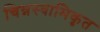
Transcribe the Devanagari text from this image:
चिन्नस्वामिकृत